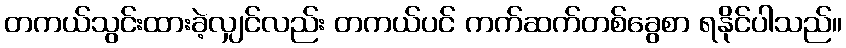
တကယ်သွင်းထားခဲ့လျှင်လည်း တကယ်ပင် ကက်ဆက်တစ်ခွေစာ ရနိုင်ပါသည်။